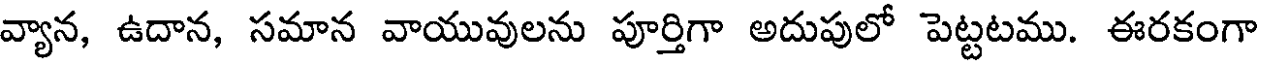
వ్యాన, ఉదాన, సమాన వాయువులను పూర్తిగా అదుపులో పెట్టటము. ఈరకంగా